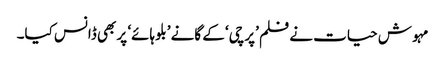
مہوش حیات نے فلم ’پرچی‘ کے گانے ’بلو ہائے‘ پر بھی ڈانس کیا۔